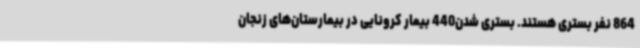
864 نفر بستری هستند. بستری شدن440 بیمار کرونایی در بیمارستان‌های زنجان